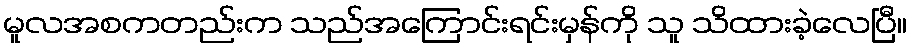
မူလအစကတည်းက သည်အကြောင်းရင်းမှန်ကို သူ သိထားခဲ့လေပြီ။